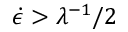
\dot { \epsilon } > \lambda ^ { - 1 } / 2